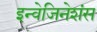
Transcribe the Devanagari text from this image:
इन्वेजिनेशंस